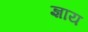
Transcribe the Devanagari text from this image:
ज्ञाय